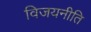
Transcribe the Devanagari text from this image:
विजयनीति